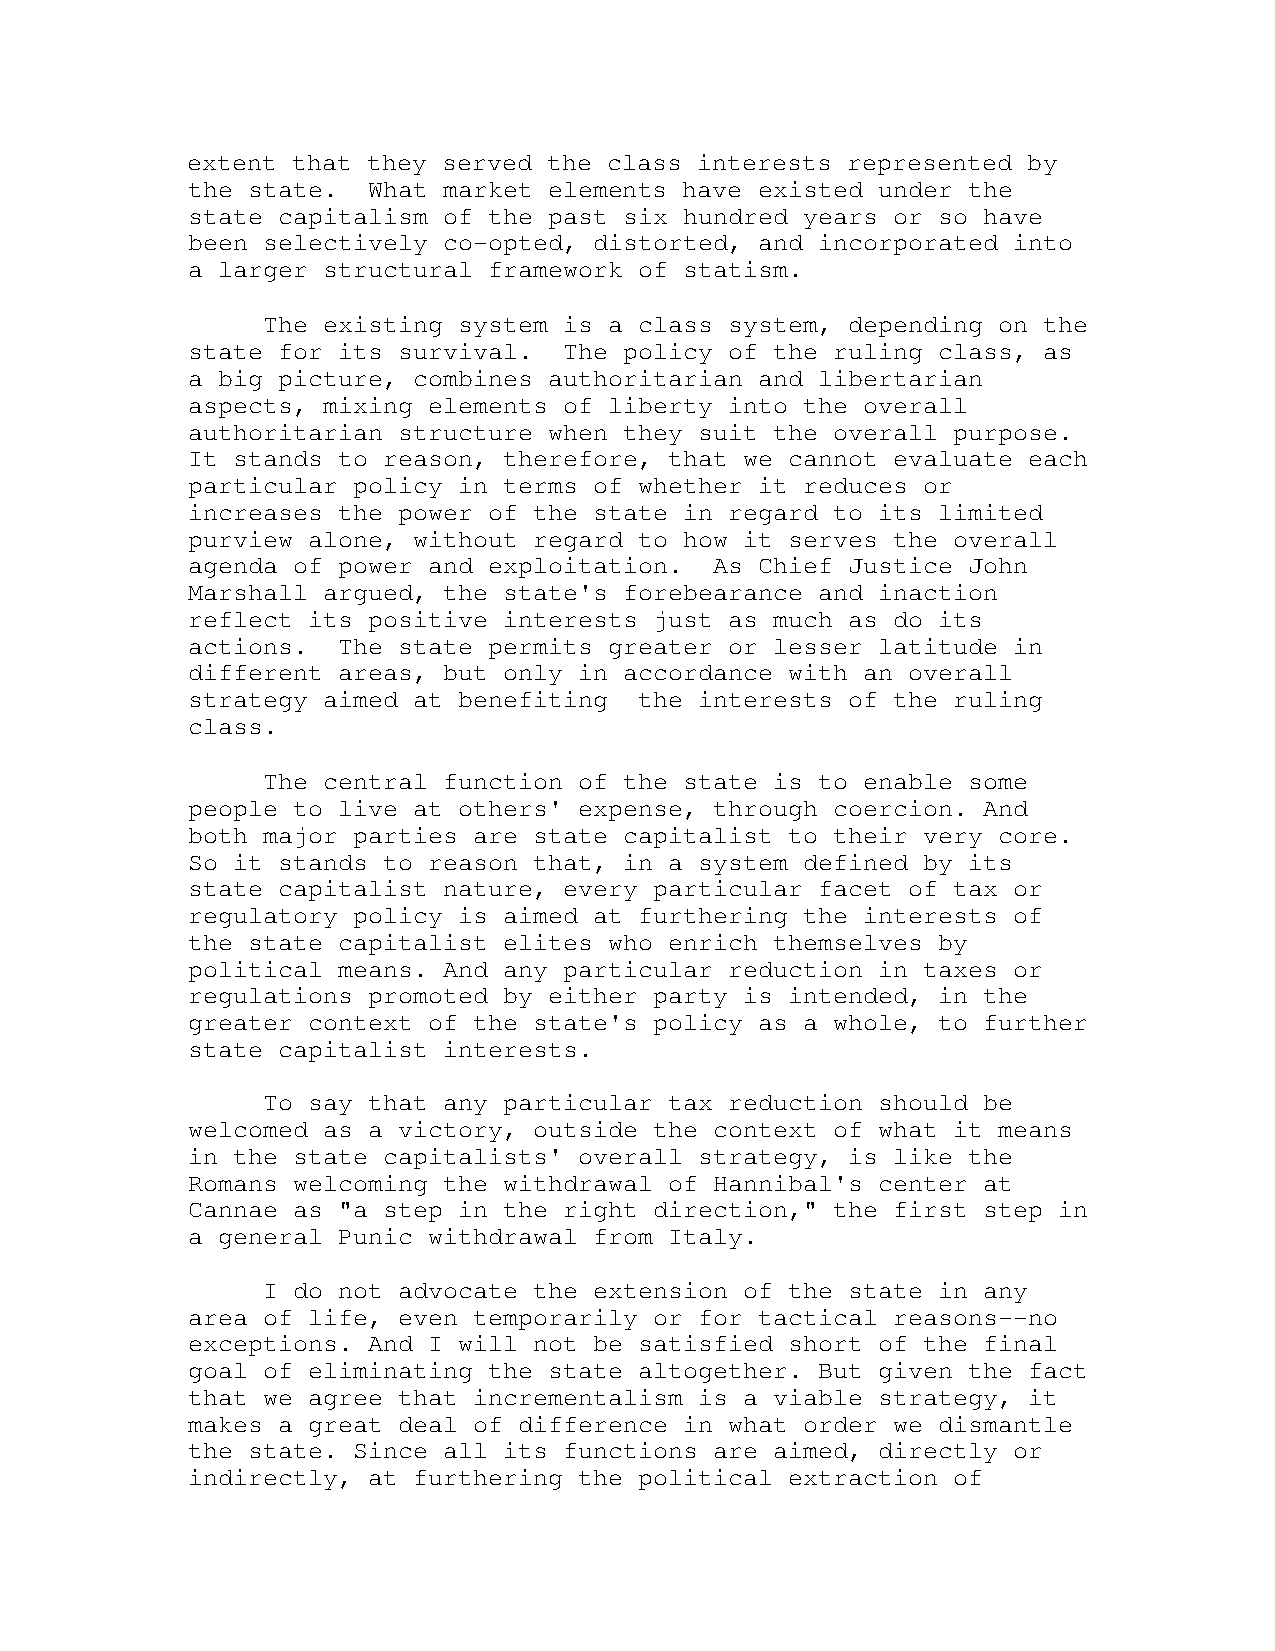
extent that they served the class interests represented by
 the state.  What market elements have existed under the
 state capitalism of the past six hundred years or so have
 been selectively co-opted, distorted, and incorporated into
 a larger structural framework of statism.
 The existing system is a class system, depending on the
 state for its survival.  The policy of the ruling class, as
 a big picture, combines authoritarian and libertarian
 aspects, mixing elements of liberty into the overall
 authoritarian structure when they suit the overall purpose.
 It stands to reason, therefore, that we cannot evaluate each
 particular policy in terms of whether it reduces or
 increases the power of the state in regard to its limited
 purview alone, without regard to how it serves the overall
 agenda of power and exploitation.  As Chief Justice John
 Marshall argued, the state's forebearance and inaction
 reflect its positive interests just as much as do its
 actions.  The state permits greater or lesser latitude in
 different areas, but only in accordance with an overall
 strategy aimed at benefiting  the interests of the ruling
 class.
 The central function of the state is to enable some
 people to live at others' expense, through coercion. And
 both major parties are state capitalist to their very core.
 So it stands to reason that, in a system defined by its
 state capitalist nature, every particular facet of tax or
 regulatory policy is aimed at furthering the interests of
 the state capitalist elites who enrich themselves by
 political means. And any particular reduction in taxes or
 regulations promoted by either party is intended, in the
 greater context of the state's policy as a whole, to further
 state capitalist interests.
 To say that any particular tax reduction should be
 welcomed as a victory, outside the context of what it means
 in the state capitalists' overall strategy, is like the
 Romans welcoming the withdrawal of Hannibal's center at
 Cannae as "a step in the right direction," the first step in
 a general Punic withdrawal from Italy.
 I do not advocate the extension of the state in any
 area of life, even temporarily or for tactical reasons--no
 exceptions. And I will not be satisfied short of the final
 goal of eliminating the state altogether. But given the fact
 that we agree that incrementalism is a viable strategy, it
 makes a great deal of difference in what order we dismantle
 the state. Since all its functions are aimed, directly or
 indirectly, at furthering the political extraction of